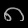
Digit: ၈